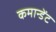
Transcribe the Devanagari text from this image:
कमान्डेंट